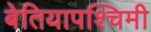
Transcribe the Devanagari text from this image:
बेतियापश्चिमी